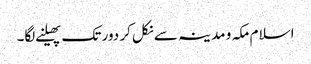
اسلام مکہ و مدینہ سے نکل کر دور تک پھیلنے لگا۔